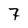
Character: 7